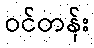
ဝင်တန်း